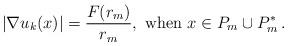
LaTeX: \begin{align*}|\nabla u_k(x)| = \frac{F(r_m)}{r_m}, \textrm{ when } x\in P_m \cup P_m^* \,.\end{align*}